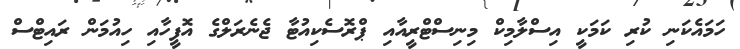
ހަމައެކަނި ކުރި ކަމަކީ އިސްލާމިކް މިނިސްޓްރީއާއި ޕްރޮސެކިއުޓާ ޖެނެރަލްގެ އޮފީހާއި ހިއުމަން ރައިޓްސް